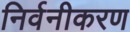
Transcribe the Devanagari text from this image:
निर्वनीकरण